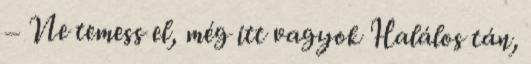
– Ne temess el, még itt vagyok Halálos tán,